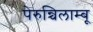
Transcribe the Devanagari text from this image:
पेरुन्चिलाम्बू